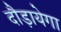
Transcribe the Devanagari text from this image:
दौड़ायेगा